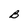
Character: B